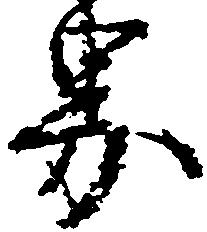
界